Statistics compiled by the Government of India from the reports of provincial Civil Veterinary Departments
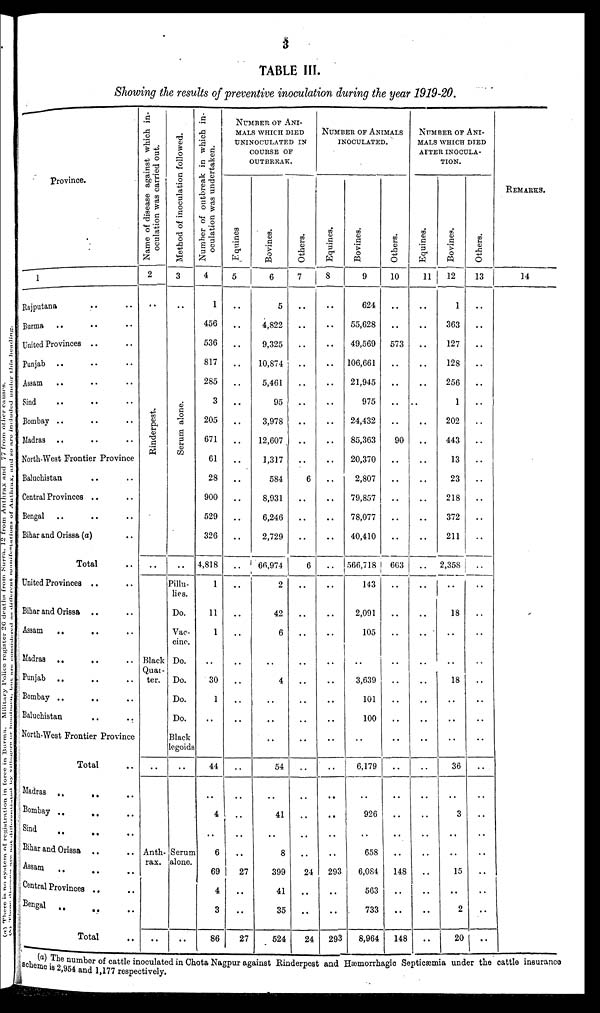
3
TABLE III.
Showing the results of preventive inoculation during the year 1919-20.
Province.
1
Rajputana .. .. .
Burma .. .. ..
United Provinces .. ..
Punjab .. .. ..
Assam .. .. ..
Sind .. .. ..
Bombay .. .. ..
Madras .. .. ..
North-West Frontier Province
Baluchistan .. ..
Central Provinces .. ..
Bengal .. .. ..
Bihar and Orissa (a) ..
Total ..
United Provinces .. ..
Bihar and Orissa .. ..
Assam .. .. ..
Madras .. .. ..
Punjab .. .. ..
Bombay .. .. ..
Baluchistan .. .. ..
North-West Frontier Province
Total ..
Madras .. .. ..
Bombay .. .. ..
Sind
..
..
..
Bihar and Orissa .. ..
Assam .. .. ..
Central Provinces .. ..
Bengal .. .. ..
Total ..
Name of disease against which in-
oculation was carried out.
2
..
Ri nder pes t
.
..
Black
Quar-
ter.
..
Anth-
rax.
..
Me th
o d of i
noc ul a t
i
on f
ol l
owed.
3
..
Se r
um a lone .
..
Pillu-
lies.
Do.
Vac-
cine.
Do.
Do.
Do.
Do.
Black
legoids
..
Serum
alone.
..
Number of outbreak in which in-
oculation was undertaken.
4
1
456
536
817
285
3
205
671
61
28
900
529
326
4,818
1
11
1
..
30
1
..
44
..
4
..
6
69
4
3
86
NUMBER OF ANI-
MALS
WHICH DIED
UNINOCULATED IN
COURSE OF
OUTBREAK.
Equines
5
..
..
..
..
..
..
..
..
..
..
..
..
..
..
..
..
..
..
..
..
..
..
..
..
..
..
27
..
..
27
Bovines.
6
5
4,822
9,325
10,874
5,461
95
3,978
12,607
1,317
584
8,931
6,246
2,729
66,974
2
42
6
..
4
..
..
..
54
..
41
..
8
399
41
35
524
Others.
7
..
..
..
..
..
..
..
..
..
6
..
..
..
6
..
..
..
..
..
..
..
..
..
..
..
..
..
24
..
..
24
NUMBER OF ANIMALS
INOCULATED.
Equines.
8
..
..
..
..
..
..
..
..
..
..
..
..
..
..
..
..
..
..
..
..
..
..
..
..
..
..
..
293
..
..
293
Bovines.
9
624
55,628
49,569
106,661
21,945
975
24,432
85,363
20,370
2,807
79,857
78,077
40,410
566,718
143
2,091
105
..
3,639
101
100
..
6,179
..
926
..
658
6,084
563
733
8,964
Others.
10
..
..
573
..
..
..
..
90
..
..
..
..
..
663
..
..
..
..
..
..
..
..
..
..
..
..
..
148
..
..
148
NUMBER OF ANI-
MALS WHICH DIED
AFTER INOCULA-
TION.
Equines.
11
..
..
..
..
..
..
..
..
..
..
..
..
..
..
..
..
..
..
..
..
..
..
..
..
..
..
..
..
..
..
..
Bovines.
12
1
363
127
128
256
1
202
443
13
23
218
372
211
2,358
..
18
..
..
18
..
..
..
36
..
3
..
..
15
..
2
20
Others.
13
..
..
..
..
..
..
..
..
..
..
..
..
..
..
..
..
..
..
..
..
..
..
..
..
..
..
..
..
..
..
REMARKS.
14
(a) The number of cattle inoculated in Chota Nagpur against Rinderpest and Hæmorrhagic Septicæmia under the cattle insurance
scheme is 2,954 and 1,177 respectively.